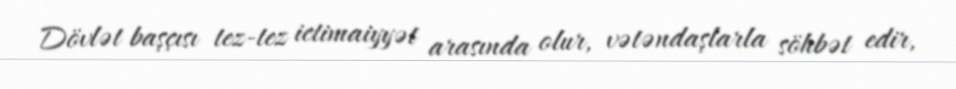
Dövlət başçısı tez-tez ictimaiyyət arasında olur, vətəndaşlarla söhbət edir,